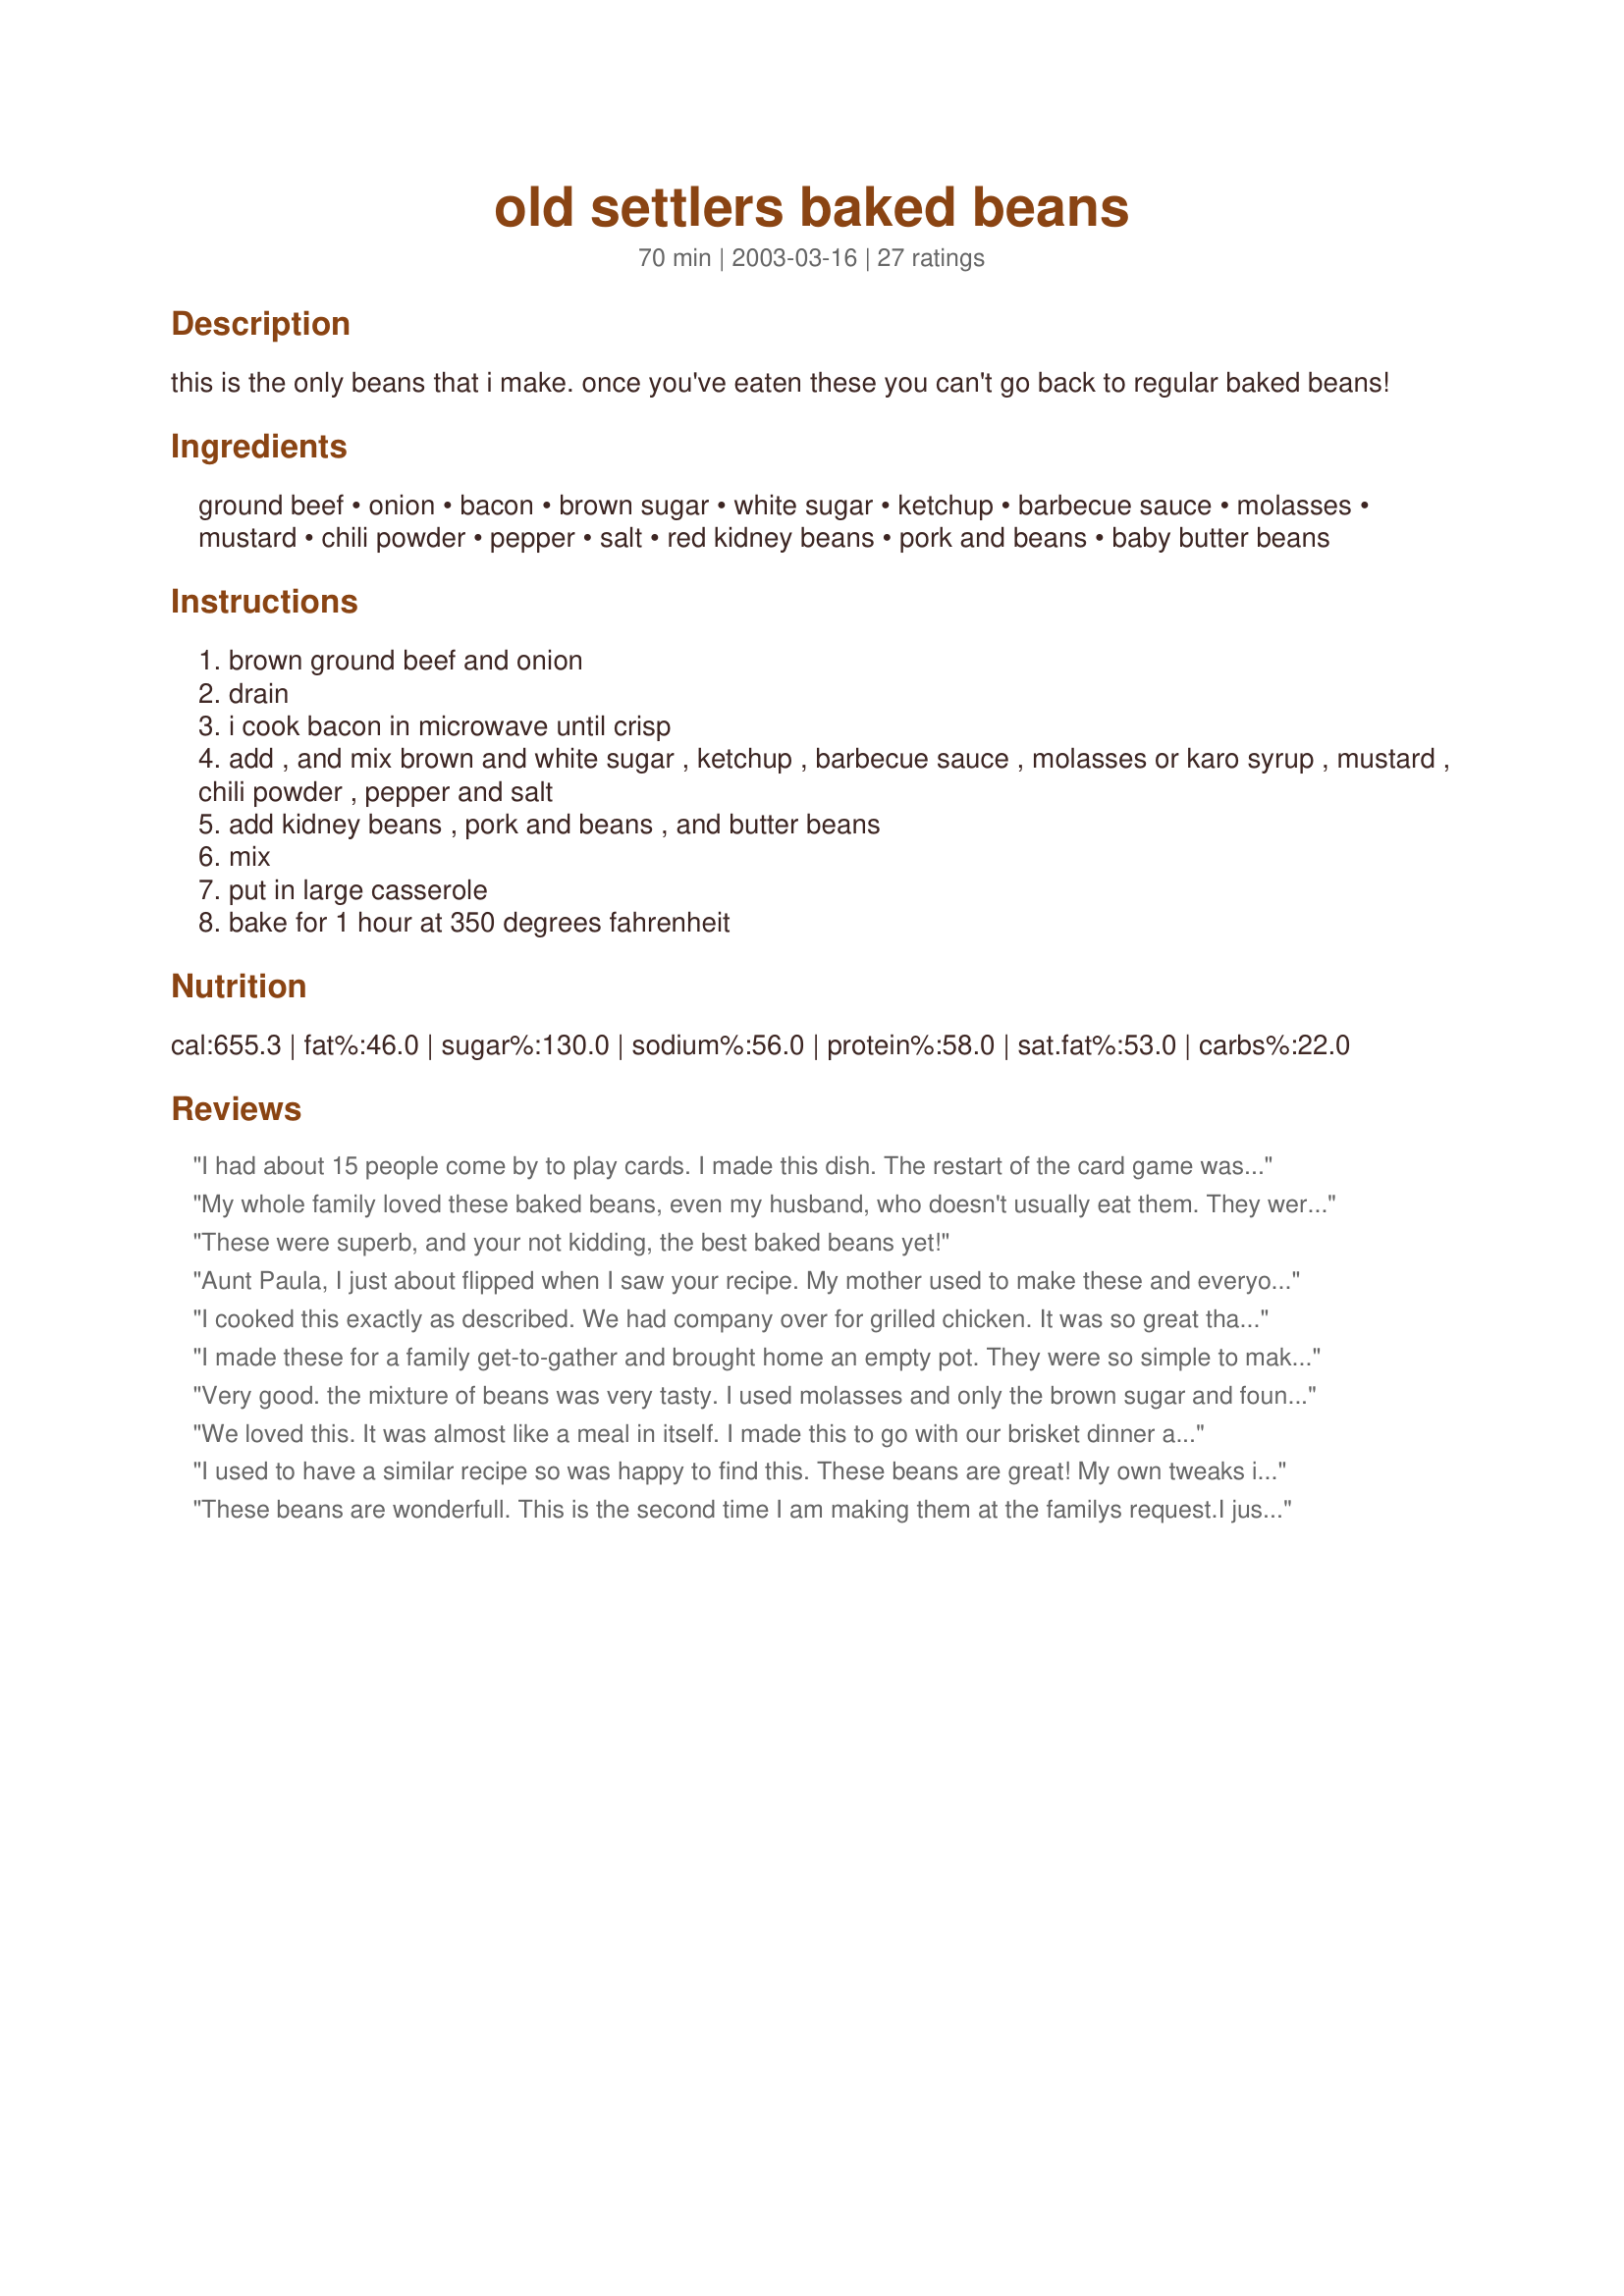
old settlers baked beans
Preparation time: 70 minutes

this is the only beans that i make. once you've eaten these you can't go back to regular baked beans!

Ingredients:
ground beef, onion, bacon, brown sugar, white sugar, ketchup, barbecue sauce, molasses, mustard, chili powder, pepper, salt, red kidney beans, pork and beans, baby butter beans

Steps:
brown ground beef and onion
drain
i cook bacon in microwave until crisp
add , and mix brown and white sugar , ketchup , barbecue sauce , molasses or karo syrup , mustard , chili powder , pepper and salt
add kidney beans , pork and beans , and butter beans
mix
put in large casserole
bake for 1 hour at 350 degrees fahrenheit

Reviews:
I had about 15 people come by to play cards. I made this dish. The restart of the card game was delayed because everyone was still eating this dish, until the dish was gone. I doubled the recipe. This is a delicious dish. I made the recipe exactly as written and would not change a thing. Aunt Paula go on and give yourself a hand!
My whole family loved these baked beans, even my husband, who doesn't usually eat them. They were very easy to make and well worth the time. I'll be making them again any time a bean dish is called for.
These were superb, and your not kidding, the best baked beans yet!
Aunt Paula, I just about flipped when I saw your recipe. My mother used to make these and everyone loved them. After she passed away, we could not find the recipe anywhere. When I clicked on your recipe, I just about fainted. This is it....thank you, thank you, thank you. Not only are you sharing a wonderful recipe with all the people of Zaar, but you have given me back something very, very special. Tree
I cooked this exactly as described. We had company over for grilled chicken. It was so great that our friends asked if any was left over to take home. Sorry, it was all gone. Thank You
I made these for a family get-to-gather and brought home an empty pot. They were so simple to make and tasted great. I put green pepper rings on top which made added to color of the dish.
 We used light Karo and I believe the molasses option or dark Karo would have been better. Thank you.
Very good. the mixture of beans was very tasty. I used molasses and only the brown sugar and found that plenty sweet enough.
We loved this. It was almost like a meal in itself. I made this to go with our brisket dinner and it was hit. Thank you for sharing.
I used to have a similar recipe so was happy to find this. These beans are great! My own tweaks include leaving out the white sugar (just too sweet for me)and rinsing and draining the kidney beans and baby butter beans.
These beans are wonderfull. This is the second time I am making them at the familys request.I just realized I forgot to rate it. The only change I made was to cut back on the sugar.I used 1/4 cup brown sugar and half of 1/4 cup of white. The family prefers there beans less sweet.Also I did not drain any of the beans. Thanks so much we will make these many times more.
Yummy! Absolutely delicious! This could be a meal in itself and proves that baked beans are not just a summertime food. I did omit the BBQ sauce, because I did not have any. Mine did cook a little dry, but I believe that this is because I drained the cans of beans. Next time I will do this differently. This is definitely a hit at my house! Thanks again for a great recipe Aunt Paula! Prepared in participation with Zaar Tag!
I made this for the super bowl and it was fantastic. Everyone loved it and it was very easy to make. I only used 1/4 cup packed brown sugar, 2 Tbsp. molasses, 1 Tbsp. prepared mustard and added a 15 oz. can of great northern beans (all beans and juices from cans went into the baked beans). Thanks so much for this great recipe.
I made this recipe sometime ago and ran across it again today to discover I had never written a review! This recipe most definitely deserves a wonderful review. This dish is very flavorful and full-bodied, and could be served as a side or as a main dish. I am so glad I came across this recipe, because I am going to make it again : ) Thanks, Aunt Paula!
Great recipe! My changes. Used Splenda for sugars to lower calories, added a little more molasses, 4 cans of beans total (Black, Kidney, 2 Great Northern), 1/2c ground carrots (my son loves baked beans, but not veggies), and 1 can of ro-tel (for the same reason), and a splash of liquid smoke. Thanks for sharing.
I make this only I also add cut up little cocktail smokies in it. So good!
Comforting delicious baked beans, i used a mix of beans in a can rather than the baby butter as i couldn&#039;t find them, otherwise made as directed. Great for a rainy day
I used Splenda sugar blend for the white sugar(so I used about 2 T. and about 1/1/2 t. of the Splenda blend.) and omitted the brown sugar since I was using the molasses. Definitely sweet enough without any funny after taste! I really love this recipe. I took it to a social function and it was gone in a flash; should have made a double batch. I will next time. Thanks.
OMG! Aunt Paula your recipe is divine! I doubled the recipe but only used the 1/3 cup of brown sugar and no white. Added garlic powder, cumin and New Mexico Chile Powder. My friend doesn't like onions in stuff so I used onion powder. I'm not a bean fan but I hope there's some left for the party! Cooked them in the crockpot and good to go! Thank you so much for this divine recipe!
My husband's mom gave me this recipe as it is one of my husband's childhood favorites! He absolutely loves these and requests these whenever I ask him for dinner ideas, LOL! I drain and rinse the beans well to cut down on sodium, and I also use dried ground mustard (the recipe just says mustard, so I wasn't sure which one you meant). Never a lot of leftovers in our family and always a hit at potlucks, bbqs, etc!
Followed the recipe to the letter using the molasses option. Great baked beans. Thanks for posting.
These were really good beans and a nice change from the usual baked beans. I think I would leave out the hamburger next time, though. Thanks for sharing!
I ate th whole dish by myself.Excellent.The best. You shall get the gold stare In my book Please try this and you will love It. Thank You
We've used the recipe for years, i and any one else who eats loves it and always wants the recipe. Great for bbqs or party, after you bown the meat and onion just toss every thing in a crockpot let cook for a while then your good to go.
There is a reason why this recipe has 5 stars. Oh my these are good! I also used a bit less sugar (1/2 cup total) and I only used brown sugar. I followed the rest of the recipe to the letter. Perfect, perfect, perfect.....
This was wonderful!!. The first time I made this, I cut the sugars down to 1/4 cup each. Still a little too sweet. Next time I will omit the white sugar completely. The brown sugar and molasses will be enough sweetness for my family.
I made this recipe for the "pick a chef" event. I left out the white sugar because our family is not too fond of sweet main dishes. It was still a bit sweet with the brown sugar and molasses, but it worked well with the smokey bacon/barbecue sauce flavor. I really liked the combination of different beans. My daughter just flipped for this. She took leftovers for her lunch several days in a row.
I've been looking for a great baked beans recipe for a long time and was intrigued by this one. However, it turned out kind of tasteless, and I guess I didn't look at the nutritional information originally!
